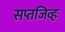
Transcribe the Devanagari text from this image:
सप्तजिव्हः